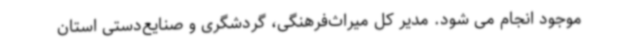
موجود انجام می شود. مدیر کل میراث‌فرهنگی، گردشگری و صنایع‌دستی استان